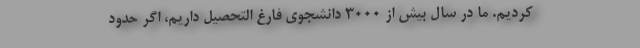
کردیم. ما در سال بیش از ۳۰۰۰ دانشجوی فارغ التحصیل داریم، اگر حدود